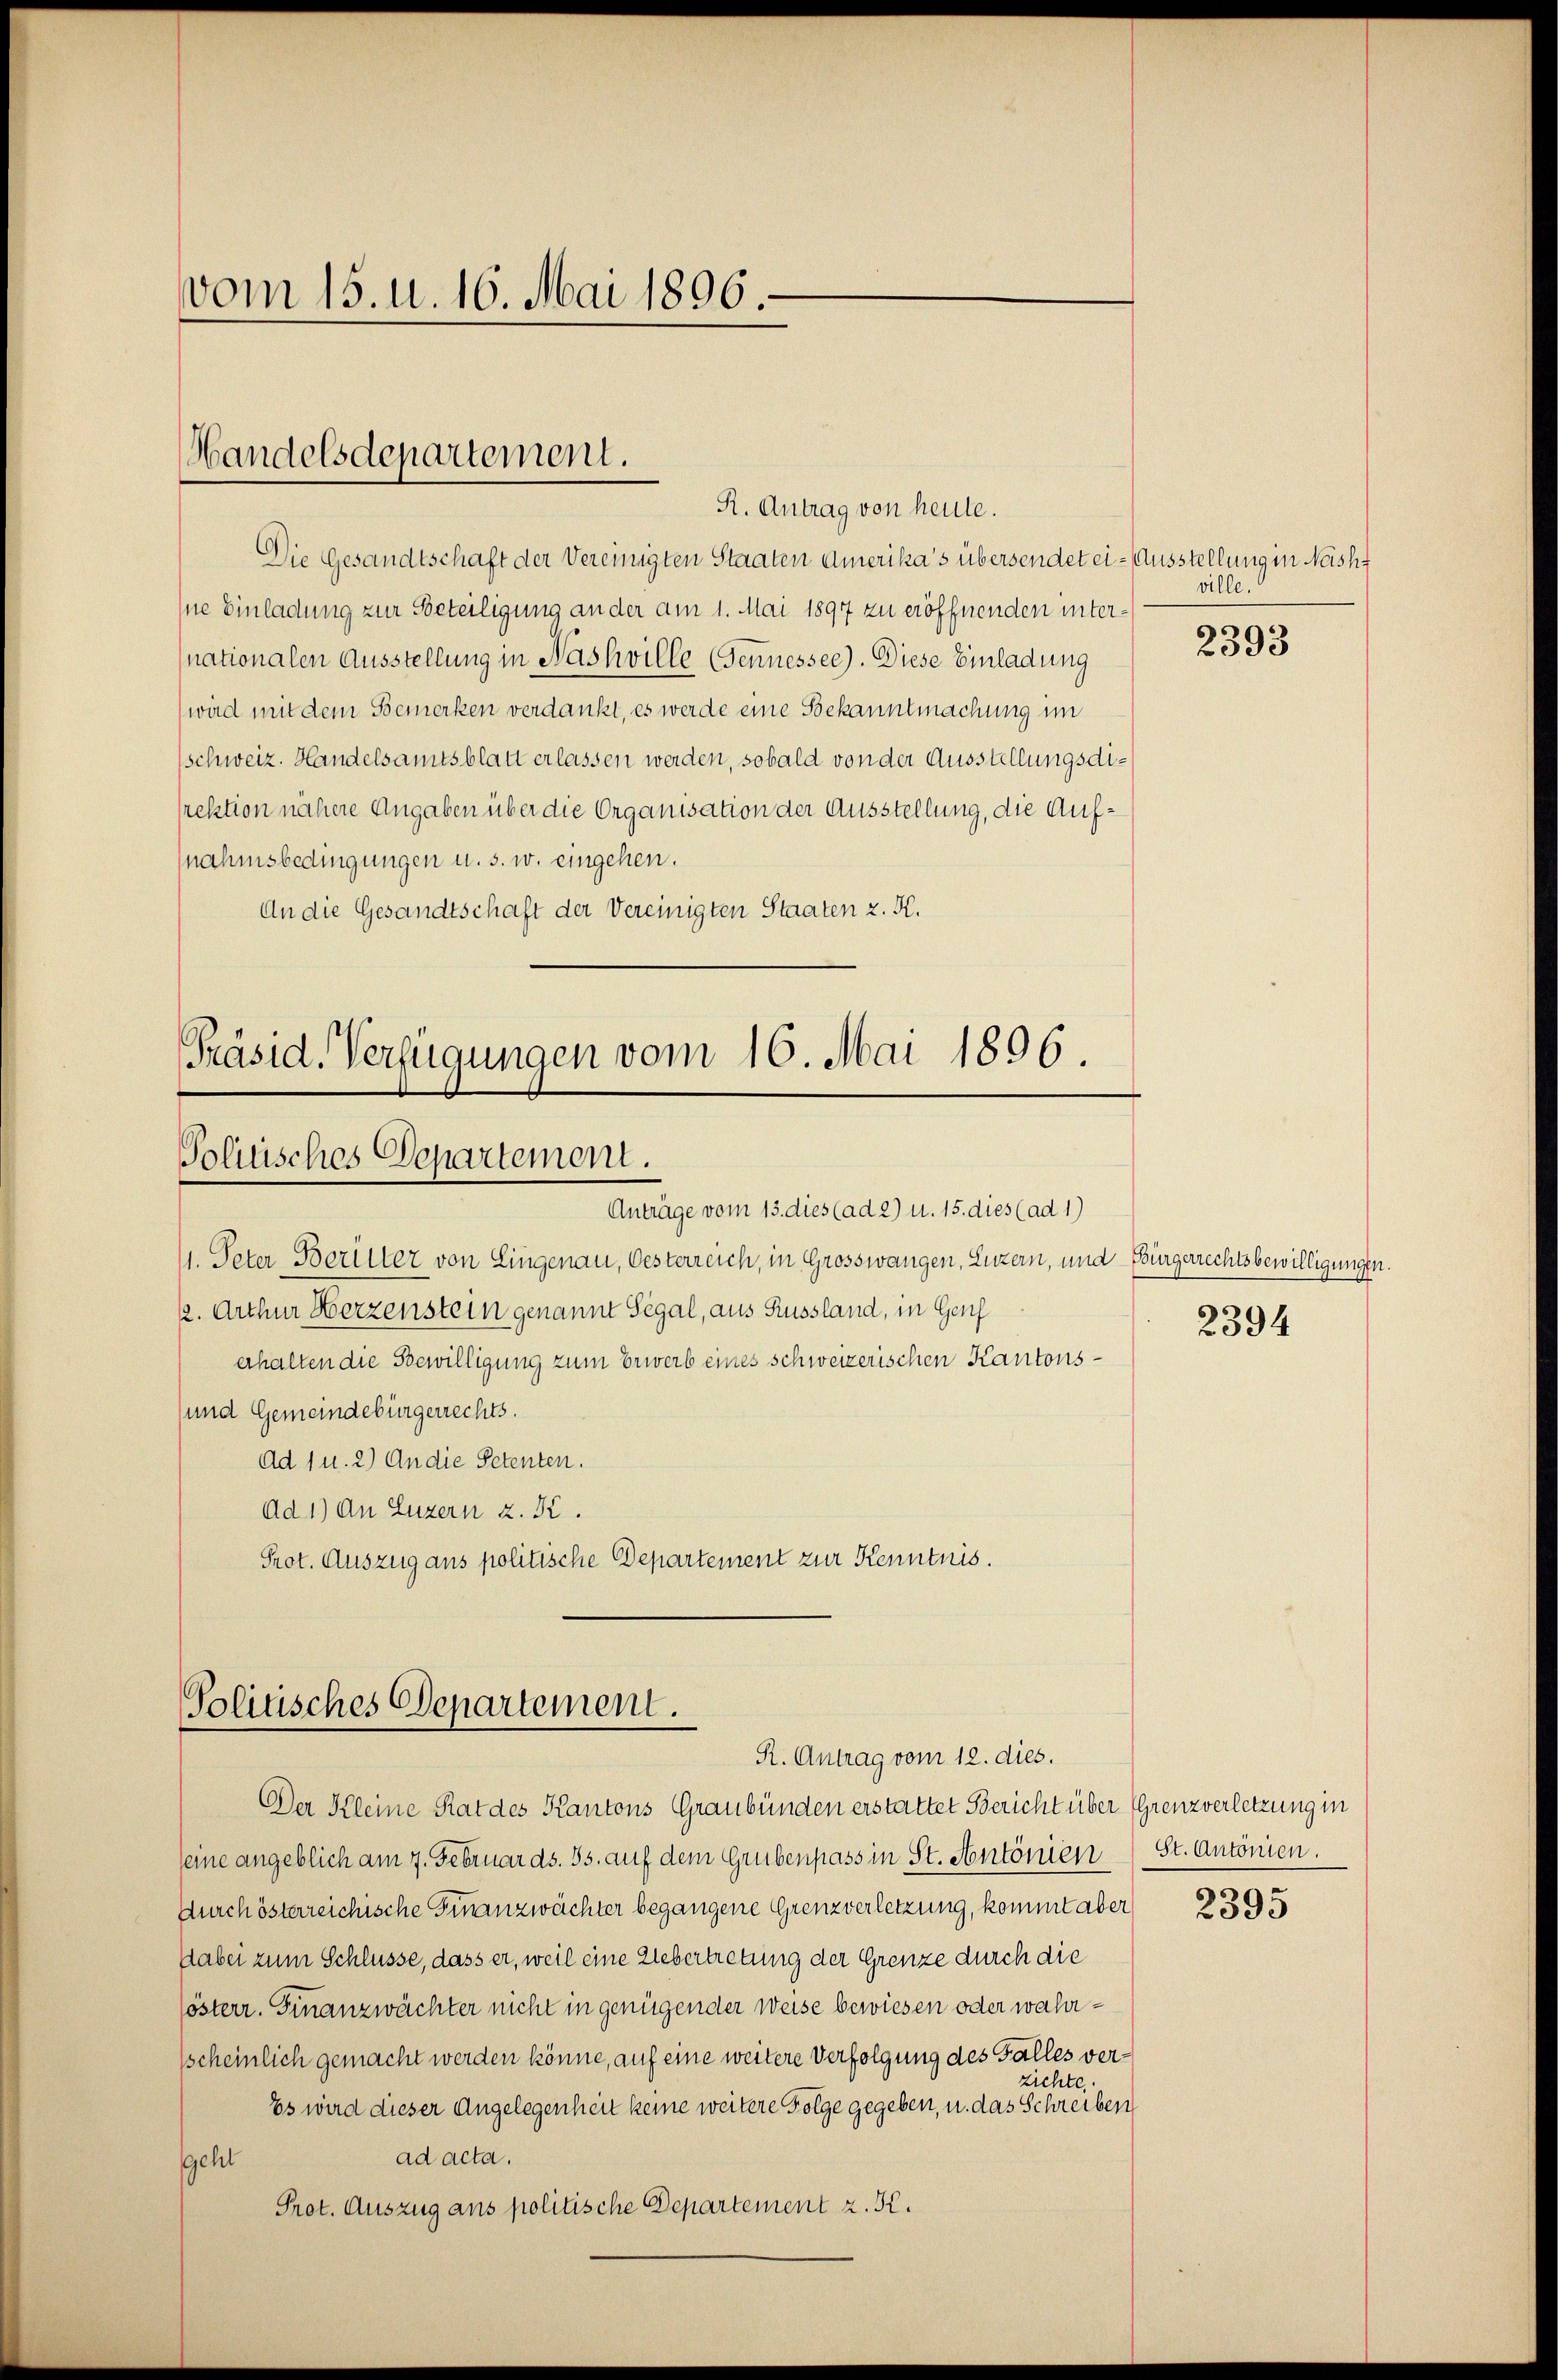
vom 15. u. 16. Mai 1896.

Handelsdepartement.
R. Antrag von heute.

Die Gesandtschaft der Vereinigten Staaten Amerika’s übersendet ei- Ausstellung in Nasht
Ine Einladung zur Beteiligung an der am 1. Mai 1897 zu eröffnenden internationalen Ausstellung in Nashville (Gennessee). Diese Einladung
(wird mit dem Bemerken verdankt, es werde eine Bekanntmachung im
schweiz. Handelsamtsblatt erlassen werden, sobald von der Ausstellungsdirektion nähere Angaben über die Organisation der Ausstellung, die Aufnahmsbedingungen u. s. w. eingehen.
An die Gesandtschaft der Vereinigten Staaten z. K.

Präsid. Verfügungen vom 16. Mai 1896.
Politisches Departement.
Anträge vom 13. dies (ad 2) u. 15. dies (ad 1)

1. Peter Beritter von Eingenau, Oesterreich, in Grosswangen, Luzern, und Bürgerrechtsbewilligungen.
k. Arthur Herzenstein genannt Segal, aus Russland, in Genf
erhalten die Bewilligung zum Erwerb eines schweizerischen Kantons¬
und Gemeindebürgerrechts.
Ad 1 u. 2) An die Petenten.
Ad 1) An Luzern z. K.
Prot. Auszug aus politische Departement zur Kenntnis.

Solitisches Departement.
R. Antrag vom 12. dies.

Der Kleine Rat des Kantons Graubünden erstattet Bericht über Grenzverletzung in
seine angeblich am 7. Februar ds. 35. auf dem Grubenpass in St. Mentönien
durch österreichische Finanzwächter begangene Grenzverletzung, kommt aber
Dabei zum Schlüsse, dass er, weil eine Uebertretung der Grenze durch die
österr. Finanzwächter nicht in genügender Weise bewiesen oder wahrsscheinlich gemacht werden könne, auf eine weitere Verfolgung des Falles verzichte.
Es wird dieser Angelegenheit keine weitere Folge gegeben, u. das Schreiben
ad acta.
geht
Prot. Auszug aus politische Departement z. K.

ville.

2393

2394

St. Antonien.

2395